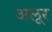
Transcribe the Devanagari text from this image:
अलूर